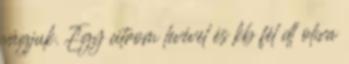
vágjuk. Egy citrom levével és kb fél dl olíva